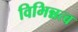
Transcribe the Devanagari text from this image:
विभिन्नत्व